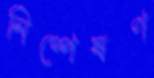
নিষ্পেষণ